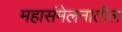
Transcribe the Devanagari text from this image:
महासंमेलनातील